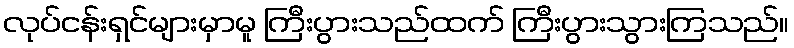
လုပ်ငန်းရှင်များမှာမူ ကြီးပွားသည်ထက် ကြီးပွားသွားကြသည်။